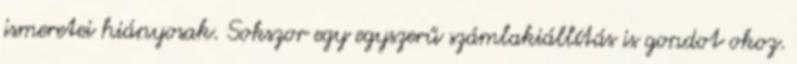
ismeretei hiányosak. Sokszor egy egyszerű számlakiállítás is gondot okoz.